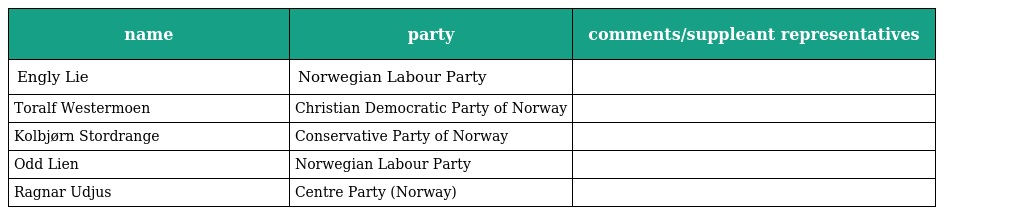
| name | party | comments/suppleant representatives |
 | --- | --- | --- |
 | Engly Lie | Norwegian Labour Party |  |
 | Toralf Westermoen | Christian Democratic Party of Norway |  |
 | Kolbjørn Stordrange | Conservative Party of Norway |  |
 | Odd Lien | Norwegian Labour Party |  |
 | Ragnar Udjus | Centre Party (Norway) |  |